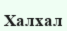
Халхал